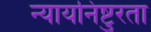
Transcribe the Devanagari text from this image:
न्यायनिष्टुरता